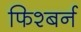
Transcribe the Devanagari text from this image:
फिश्बर्न